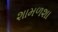
શામળશા